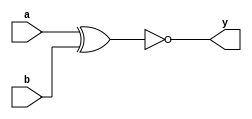
/** 
 * This is a Verilog implementation for a gate of type XNOR.
 */

module dg_XNOR (
  a, b, 
  y
);

  // input ports
  input a;
  input b;

  // output ports
  output y;

  assign y = ~(a ^ b);

endmodule